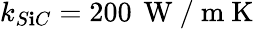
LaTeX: k_{S\mathbf{i}C}=200\, \mathrm{{~W~/~m~K~}}